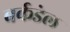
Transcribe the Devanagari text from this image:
बर्कडेल